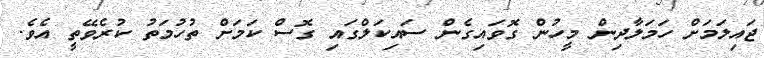
ޖައިލަމަށް ހަމަލާދިން މީހުން ގޮވައިގެން ސައިކަލްގައި ގޮސް ކަމަށް ތުހުމަތު ކުރެވޭތީ އެވެ.